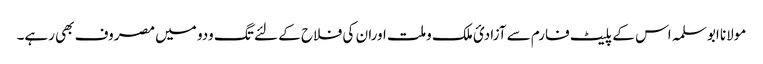
مولانا ابوسلمہ اس کے پلیٹ فارم سے آزادیٴ ملک وملت اوران کی فلاح کے لئے تگ ودو میں مصروف بھی رہے۔